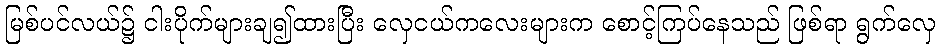
မြစ်ပင်လယ်၌ ငါးပိုက်များချ၍ထားပြီး လှေငယ်ကလေးများက စောင့်ကြပ်နေသည် ဖြစ်ရာ ရွက်လှေ